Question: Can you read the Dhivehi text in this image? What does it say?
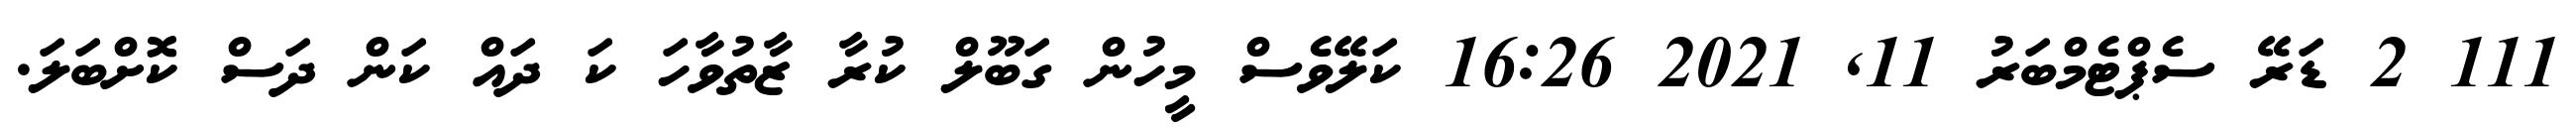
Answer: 111 2 ޑަރޭ ސެޕްޓެމްބަރު 11, 2021 16:26 ކަލޭވެސް މީހުން ގަބޫލް ކުރާ ޒާތުވާހަ ކަ ދައް ކަން ދަސް ކޮށްބަލަ.